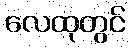
လေထုတွင်